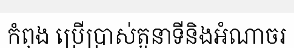
កំពុង ប្រើប្រាស់តួនាទីនិងអំណាចរ